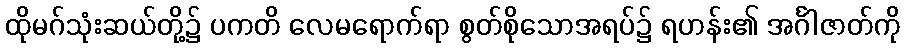
ထိုမဂ်သုံးဆယ်တို့၌ ပကတိ လေမရောက်ရာ စွတ်စိုသောအရပ်၌ ရဟန်း၏ အင်္ဂါဇာတ်ကို